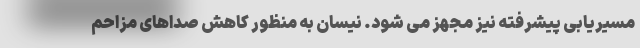
مسیریابی پیشرفته نیز مجهز می شود. نیسان به منظور کاهش صداهای مزاحم